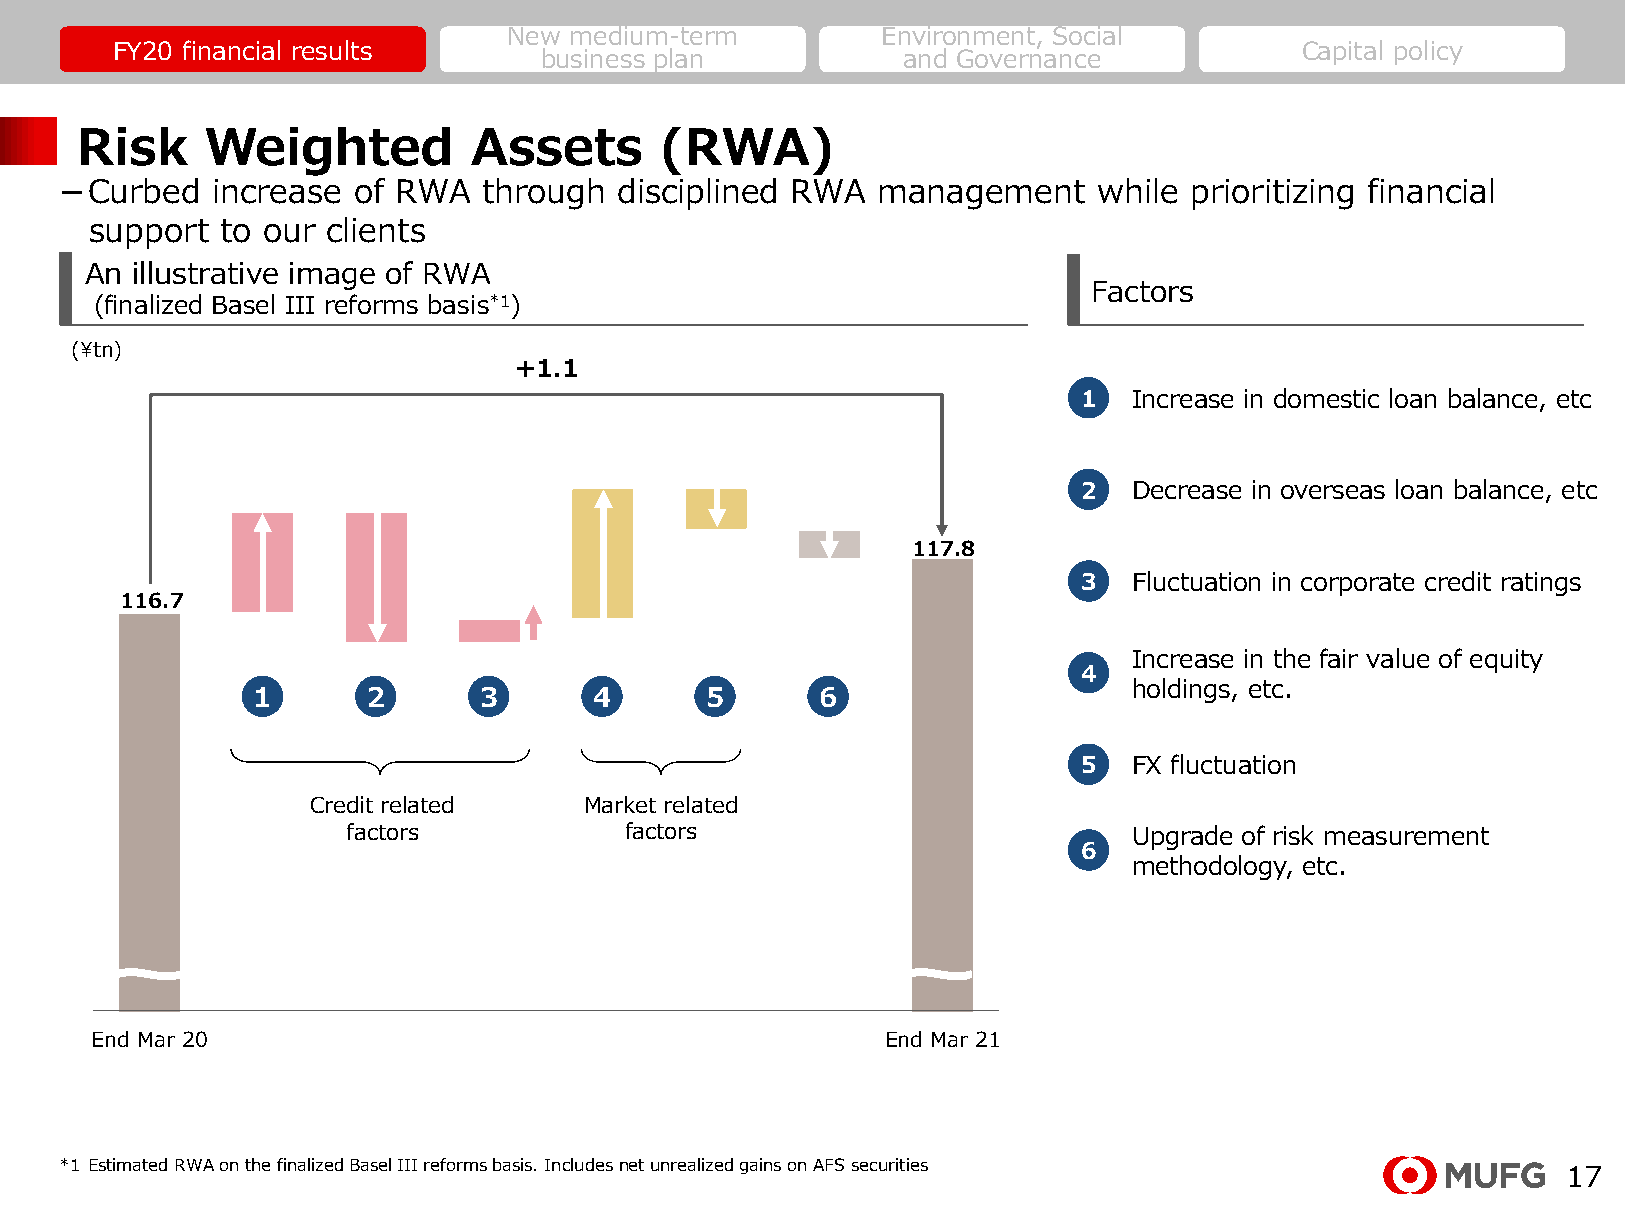
New medium-term         Environment, Social
 FY20 financial results                                                         Capital policy
 business plan           and Governance
 Risk     Weighted         Assets       (RWA)
 －Curbed   increase of RWA   through  disciplined RWA  management     while prioritizing financial
 support  to our clients
 An illustrative image of RWA
 Factors
 (finalized Basel III reforms basis*1)
 (¥tn)
 +1.1
 1  Increase in domestic loan balance, etc
 2  Decrease in overseas loan balance, etc
 117.8
 3  Fluctuation in corporate credit ratings
 116.7
 Increase in the fair value of equity
 4
 holdings, etc.
 1      2       3      4       5      6
 5  FX fluctuation
 Credit related    Market related
 factors           factors                           Upgrade of risk measurement
 6
 methodology, etc.
 End Mar 20                                           End Mar 21
 *1 Estimated RWA on the finalized Basel III reforms basis. Includesnet unrealized gains on AFS securities
 17